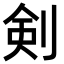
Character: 剣